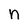
Character: n